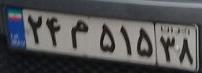
۲۴م۵۱۵۳۸